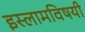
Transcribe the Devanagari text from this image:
इस्लामविषयी